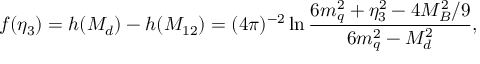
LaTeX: f ( \eta _ { 3 } ) = h ( M _ { d } ) - h ( M _ { 1 2 } ) = ( 4 \pi ) ^ { - 2 } \ln { \frac { 6 m _ { q } ^ { 2 } + \eta _ { 3 } ^ { 2 } - 4 M _ { B } ^ { 2 } / 9 } { 6 m _ { q } ^ { 2 } - M _ { d } ^ { 2 } } } ,